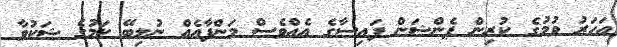
އަހަރު ވުމުގެ ކުރިން ޕެންޝަން ފައިސާގެ އެއްވެސް މަންފާއެއް ނުލިބޭ ކަމުގެ ޝަކުވާ